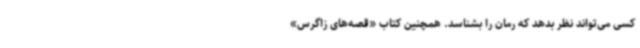
کسی می‌تواند نظر بدهد که رمان را بشناسد. همچنین کتاب «قصه‌های زاگرس»